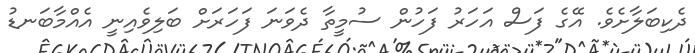
ދެކިބަލާށެވެ. އޭގެ ފަސް އަހަރު ފަހުން ސުމީތާ ދެވަނަ ފަހަރަށް ބަލިވެއިނީ އެއްމާބަނޑު